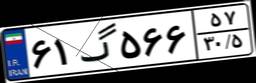
۶۱گ۵۶۶۵۷